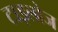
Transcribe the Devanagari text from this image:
टाइलोज